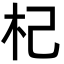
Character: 杞